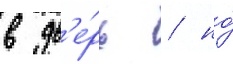
в дв'е́рь / но́